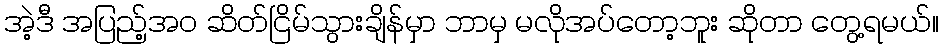
အဲ့ဒီ အပြည့်အဝ ဆိတ်ငြိမ်သွားချိန်မှာ ဘာမှ မလိုအပ်တော့ဘူး ဆိုတာ တွေ့ရမယ်။